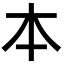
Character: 本